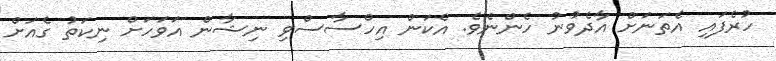
ހުރެފައި އެތަނަށް އާދެވުނު ހެންނެވެ. އެކަން އިހްސާސްވި ނިޝާން އަވަހަށް ނިކަތު ގެއަށް